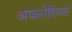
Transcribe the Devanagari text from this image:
अफरोदियस